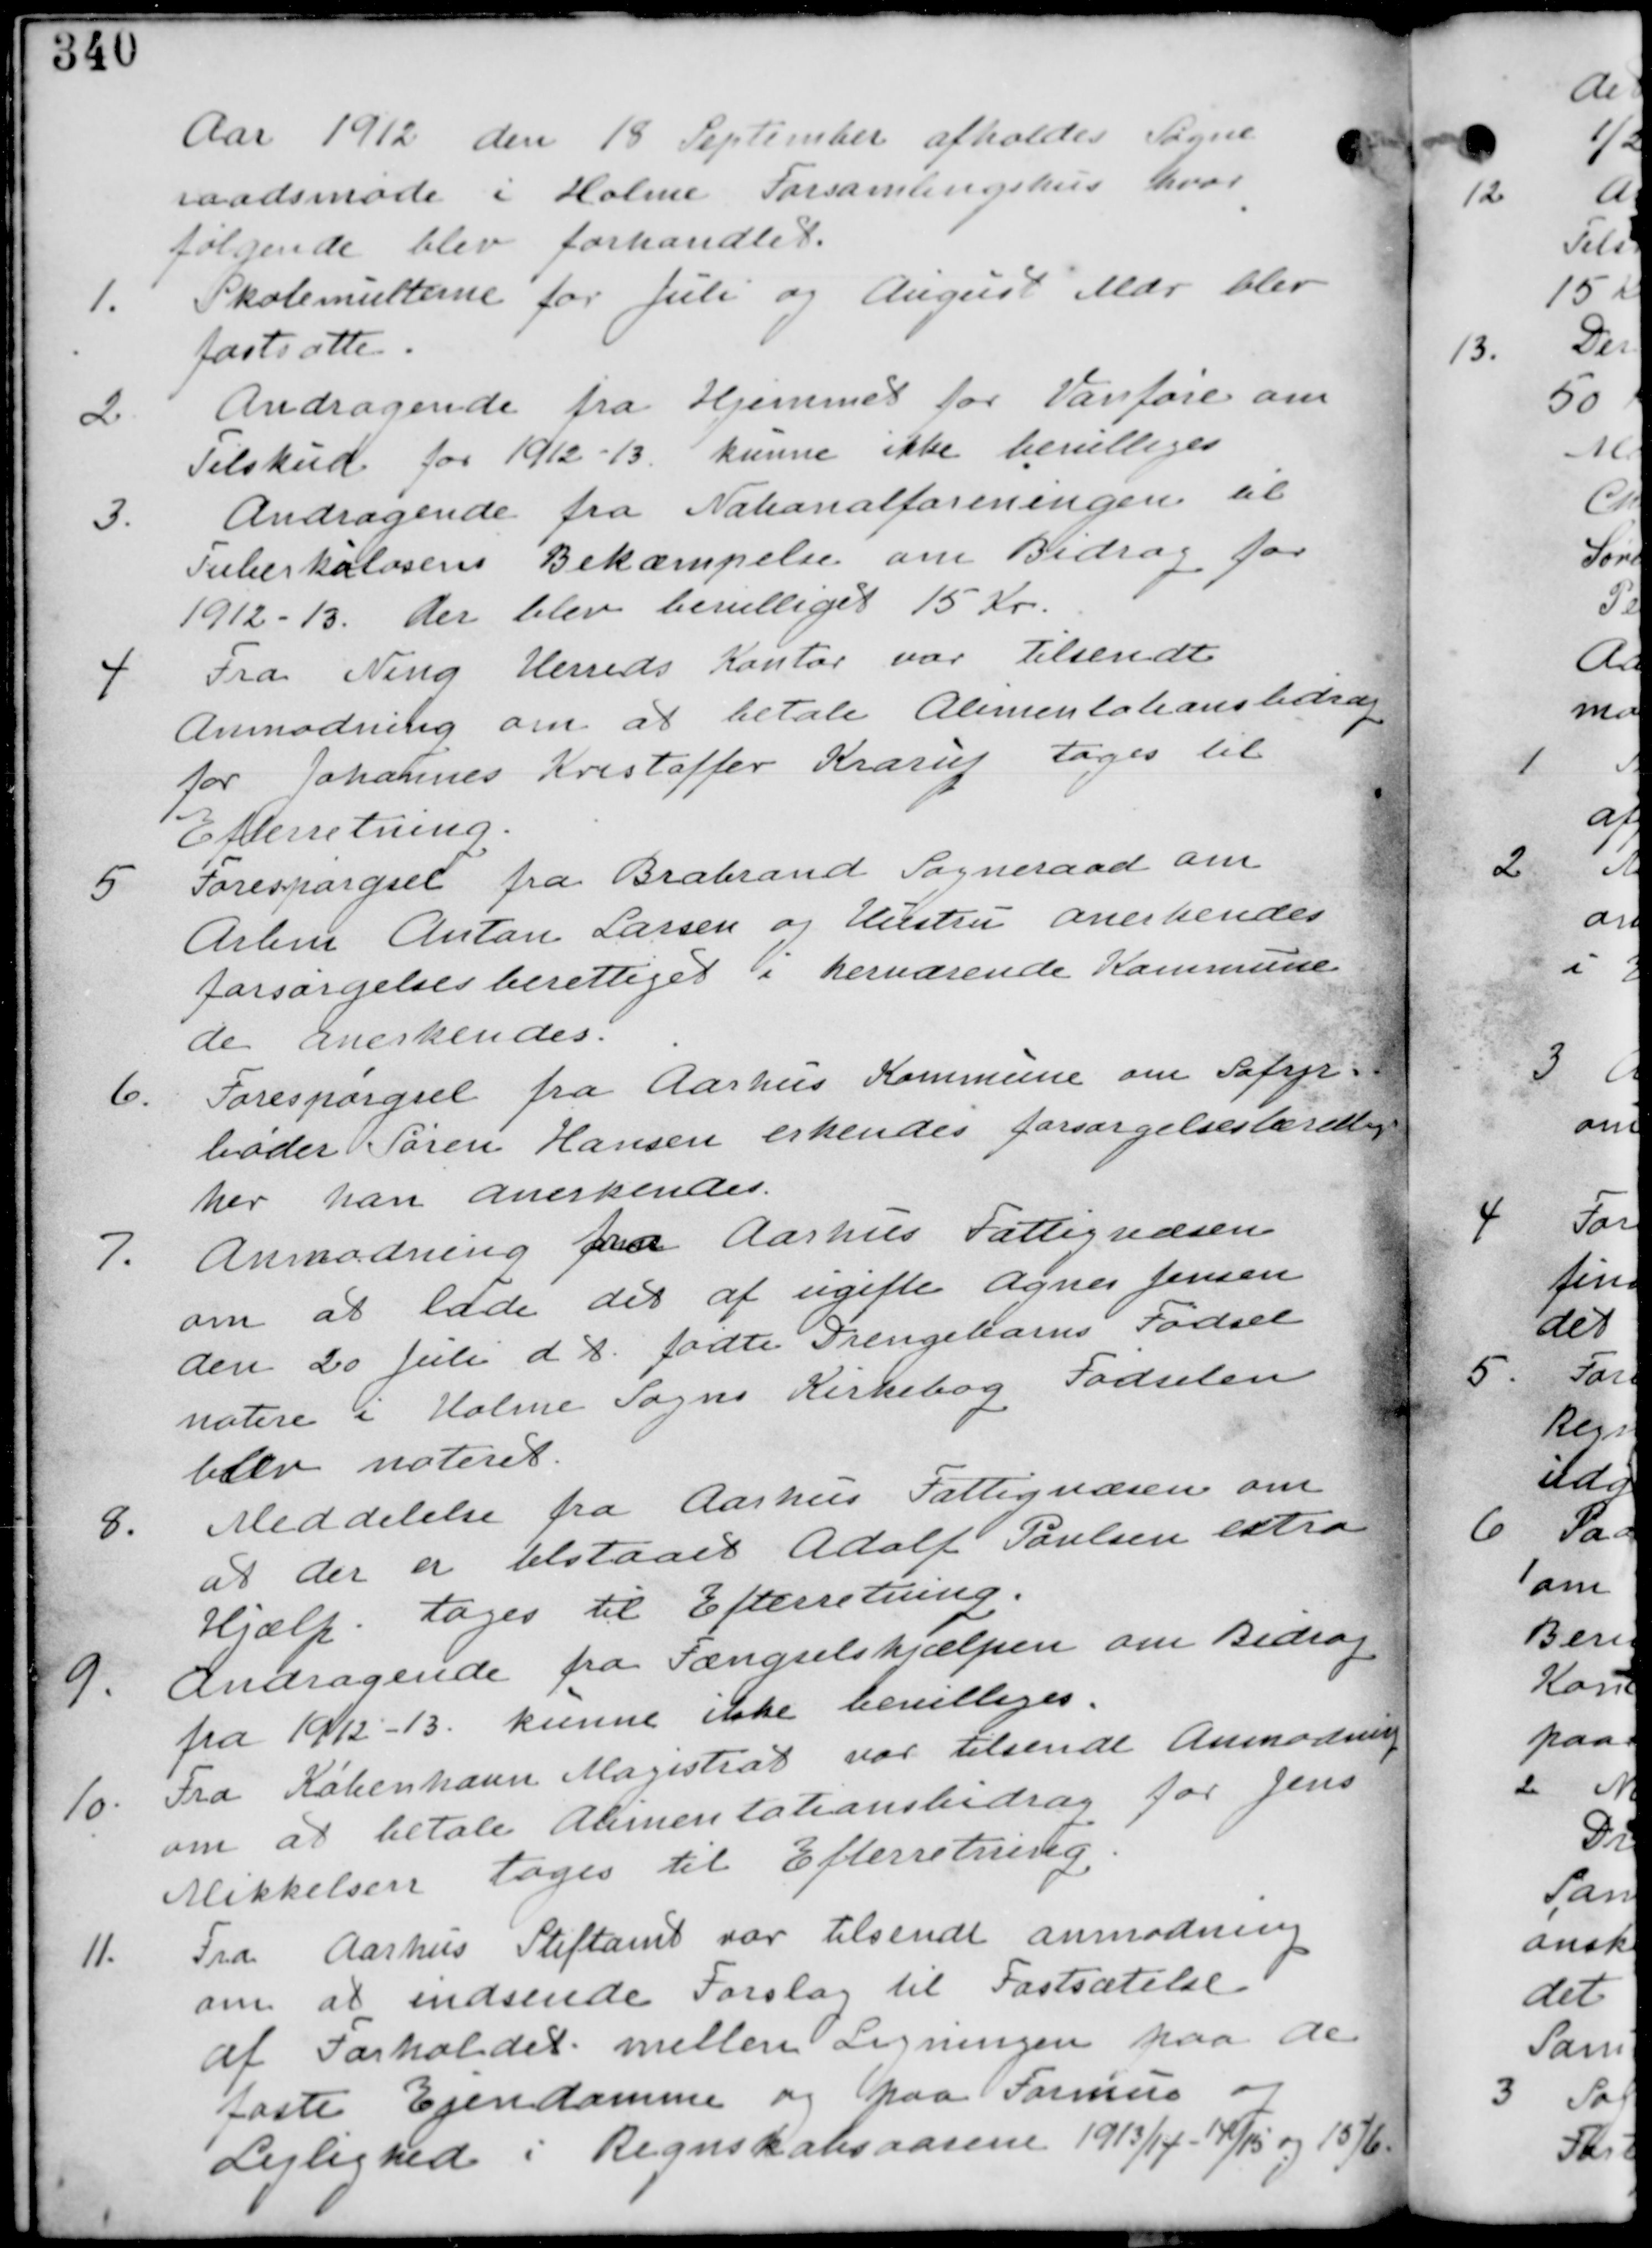
Transskription:
Aar 1912 den 18 September afholdes Sogne-
raadsmøde i Holme Forsamlingshus hvor
følgende blev forhandlet.

1. Skolemulterne for Juli og August Mdr blev
fastsatte.

2. Andragende fra Hjemmet for Vanføre om
Tilskud for 1912-13. konne ikke bevilliges.

3. Andragende fra Nationalforeningen til
Tuberkulosens Bekæmpelse om Bidrag for
1912-13. der blev bevilliget 15 Kr.

4. Fra Ning Herreds Kontor var tilsendt
Anmodning om at betale Alimentationsbidrag
for Johannes Kristoffer Kraruf tages til
Efterretning

5. Forespørgsel fra Brabrand Sogneraad om
Arbm Anton Larsen og Hustru anerkendes
forsørgelsesberettiget i herværende Kommune
de anerkendes.

6. Forespørgsel fra Aarhus Kommune om Søfyr-
bøder Søren Hansen erkendes forsørgelsesberettiget
her han anerkendes.

7. Anmodning fra Aarhus Fattigvæsen
om at lade det af ugifte Agnes Jensen
den 20 Juli d.t. fødte Drengebarn Fødsel
notere i Holme Sogns Kirkebog. Fødslen
blev noteret.

8. Meddelelse fra Aarhus Fattigvæsen om
at der er tilstaaet Adolf Poulsen ekstra
Hjælp. tages til Efterretning

9. Andragende fra Fængselshjælpen om Bidrag
fra 1912-13. kunne ikke bevilliges.

10. Fra København Magistrat var tilsendt Anmodning
om at betale Alimentationsbidrag for Jens
Mikkelsen tages til Efterretning.

11. Fra Aarhus Stiftamt var tilsendt anmodning
om at indsende Forslag til Fastsættelse
af Forholdet mellem Lignngen paa de
faste Ejendomme og paa Formue og
Lejlighed i Regnskabsaarene 1913/14-14/15 og 15/16.